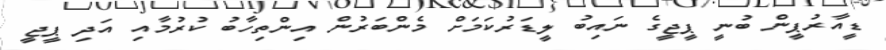
ޑީއާރުޕީން ބުނީ ޕީޖީގެ ނައިބު ލީޑަރުކަމަށް މެންބަރުން އިންތިހާބު ކުރުމާއި އަދި ޕީޖީ